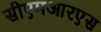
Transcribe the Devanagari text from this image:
सीएमआरएस